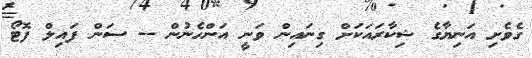
ގެވެށި އަނިޔާގެ ޝިކާރައަކަށް ގިނައިން ވަނީ އަންހެނުން -- ސަން ފައިލް ފޮޓޯ